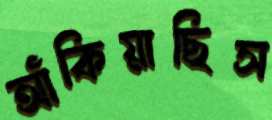
আঁকিয়াছিস